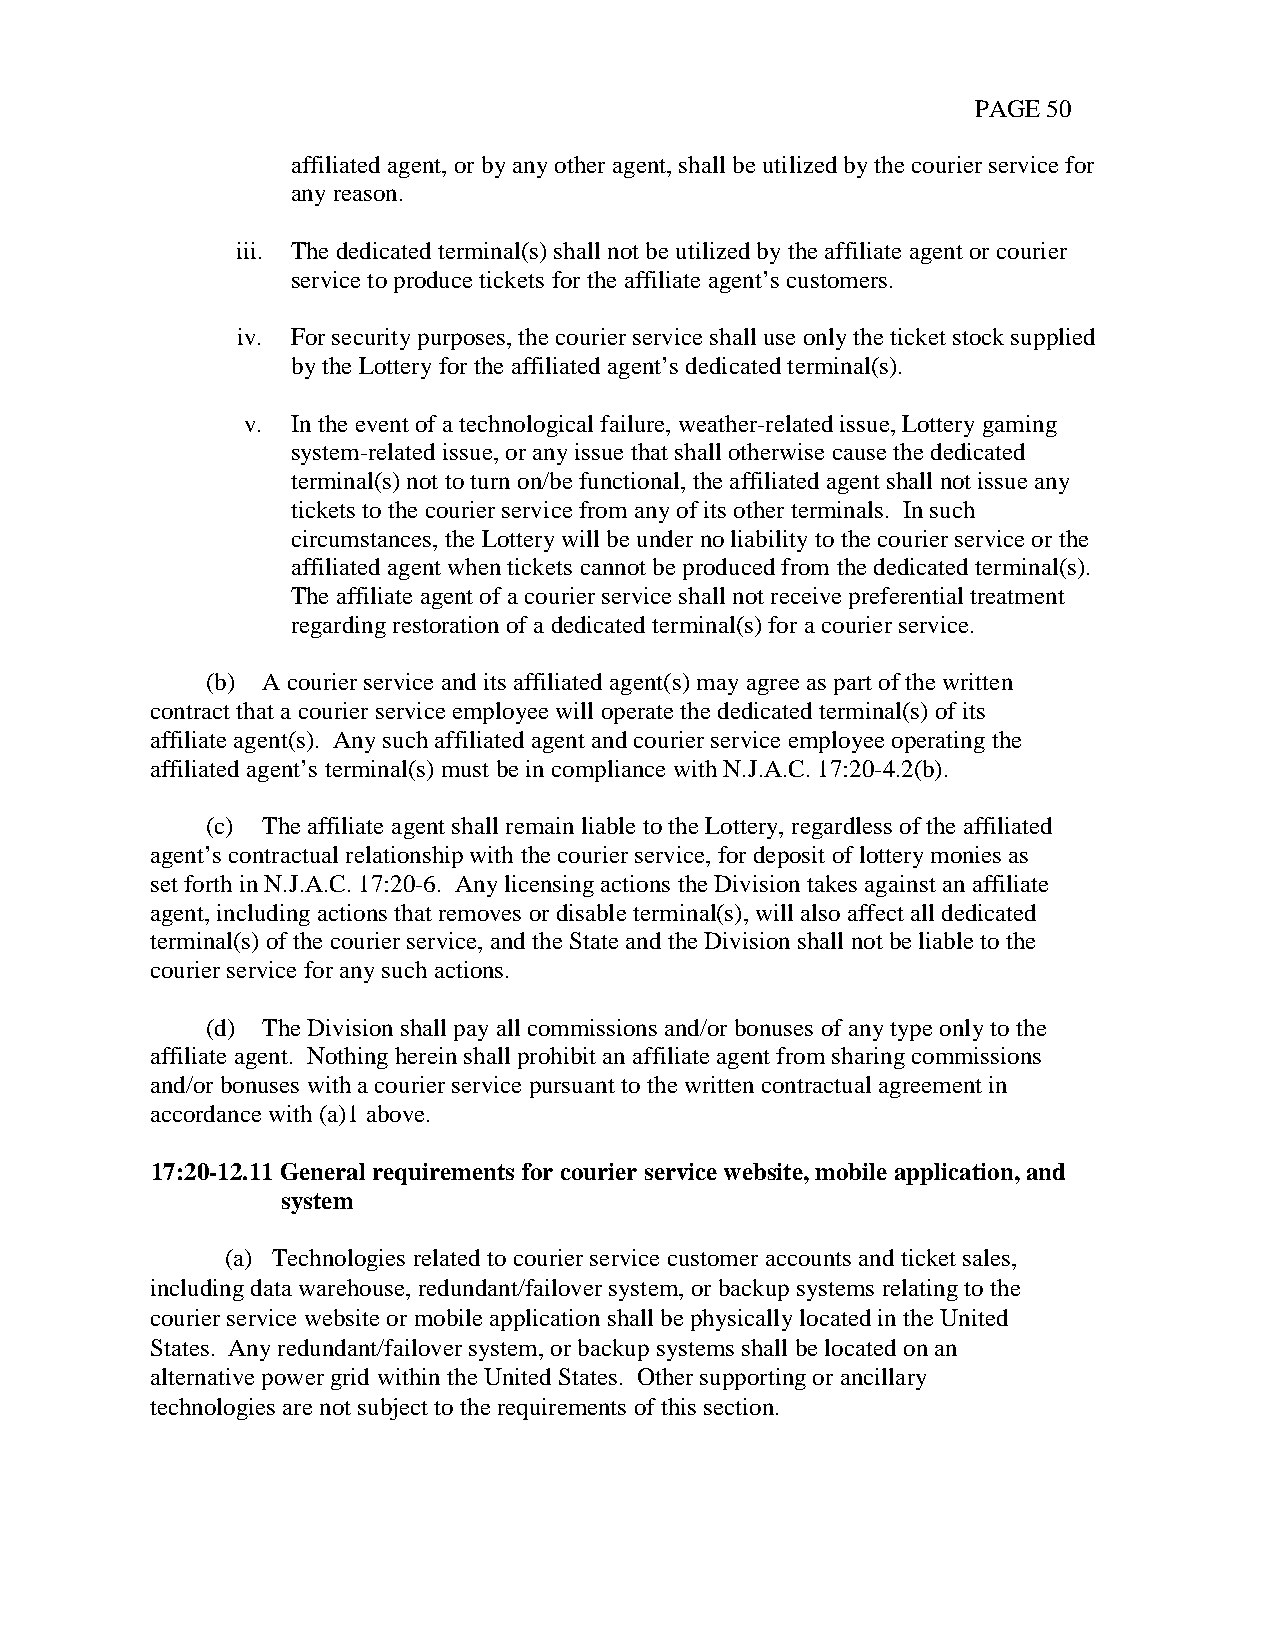
PAGE 50
 affiliated agent, or by any other agent, shall be utilized by the courier service for
 any reason.
 iii. The dedicated terminal(s) shall not be utilized by the affiliate agent or courier
 service to produce tickets for the affiliate agent’s customers.
 iv. For security purposes, the courier service shall use only the ticket stock supplied
 by the Lottery for the affiliated agent’s dedicated terminal(s).
 v. In the event of a technological failure, weather-related issue, Lottery gaming
 system-related issue, or any issue that shall otherwise cause the dedicated
 terminal(s) not to turn on/be functional, the affiliated agent shall not issue any
 tickets to the courier service from any of its other terminals. In such
 circumstances, the Lottery will be under no liability to the courier service or the
 affiliated agent when tickets cannot be produced from the dedicated terminal(s).
 The affiliate agent of a courier service shall not receive preferential treatment
 regarding restoration of a dedicated terminal(s) for a courier service.
 (b) A courier service and its affiliated agent(s) may agree as part of the written
 contract that a courier service employee will operate the dedicated terminal(s) of its
 affiliate agent(s). Any such affiliated agent and courier service employee operating the
 affiliated agent’s terminal(s) must be in compliance with N.J.A.C. 17:20-4.2(b).
 (c) The affiliate agent shall remain liable to the Lottery, regardless of the affiliated
 agent’s contractual relationship with the courier service, for deposit of lottery monies as
 set forth in N.J.A.C. 17:20-6. Any licensing actions the Division takes against an affiliate
 agent, including actions that removes or disable terminal(s), will also affect all dedicated
 terminal(s) of the courier service, and the State and the Division shall not be liable to the
 courier service for any such actions.
 (d) The Division shall pay all commissions and/or bonuses of any type only to the
 affiliate agent. Nothing herein shall prohibit an affiliate agent from sharing commissions
 and/or bonuses with a courier service pursuant to the written contractual agreement in
 accordance with (a)1 above.
 17:20-12.11 General requirements for courier service website, mobile application, and
 system
 (a) Technologies related to courier service customer accounts and ticket sales,
 including data warehouse, redundant/failover system, or backup systems relating to the
 courier service website or mobile application shall be physically located in the United
 States. Any redundant/failover system, or backup systems shall be located on an
 alternative power grid within the United States. Other supporting or ancillary
 technologies are not subject to the requirements of this section.